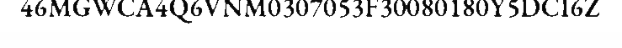
46MGWCA4Q6VNM0307053F30080180Y5DCI6Z